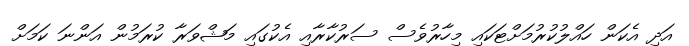
އަދި އެކަން ހައްލުކުރުމަށްޓަކައި މިހާރުވެސް ސަރުކާރާއި އެކުގައި މަޝްވަރާ ކުރަމުން އަންނަ ކަމަށް